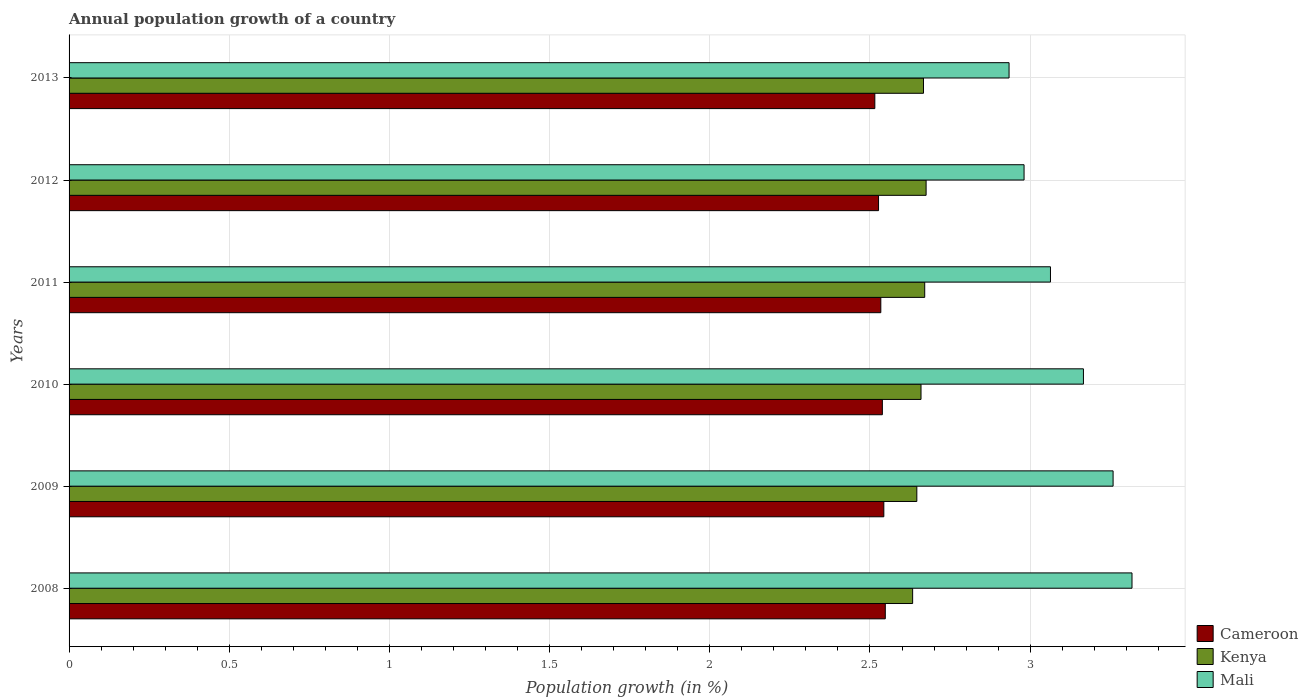
| Years | Cameroon | Kenya | Mali |
 | --- | --- | --- | --- |
 | 2008 | 2.55 | 2.63 | 3.32 |
 | 2009 | 2.54 | 2.65 | 3.26 |
 | 2010 | 2.54 | 2.66 | 3.17 |
 | 2011 | 2.53 | 2.67 | 3.06 |
 | 2012 | 2.53 | 2.68 | 2.98 |
 | 2013 | 2.52 | 2.67 | 2.93 |